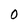
Character: 0